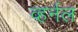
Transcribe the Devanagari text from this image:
व्हर्नल